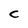
Character: C